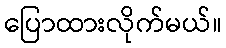
ပြောထားလိုက်မယ်။